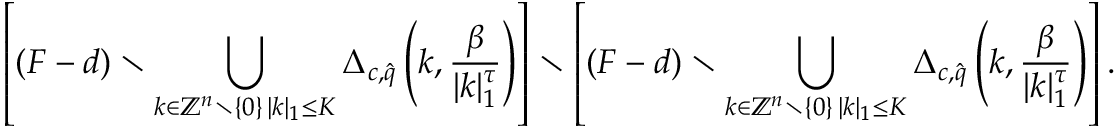
\left[ ( F - d ) \setminus \bigcup _ { \substack { k \in \mathbb { Z } ^ { n } \setminus \{ 0 \} \, | k | _ { 1 } \leq K } } \Delta _ { c , \hat { q } } \left( k , \frac { \beta } { | k | _ { 1 } ^ { \tau } } \right) \right] \setminus \left[ ( F - d ) \setminus \bigcup _ { \substack { k \in \mathbb { Z } ^ { n } \setminus \{ 0 \} \, | k | _ { 1 } \leq K } } \Delta _ { c , \hat { q } } \left( k , \frac { \beta } { | k | _ { 1 } ^ { \tau } } \right) \right] .